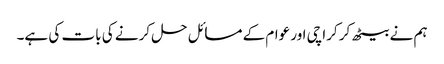
ہم نے بیٹھ کر کراچی اور عوام کے مسائل حل کرنے کی بات کی ہے۔